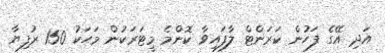
އަދި އޭގެ ފަހުން ކަރަންޓް ލާފައިވާ ކޮންމެ މީޓަރަކުން މަހަކު 150 ރުފިޔާ